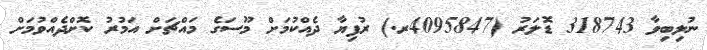
ނުލިބިވާ 318743 ޑޮލަރު (4095847ރ.) ރުފިޔާ ދެއްކުމަށް މޫސަގެ މައްޗަށް އަމުރު ކޮށްދެއްވުމަށް